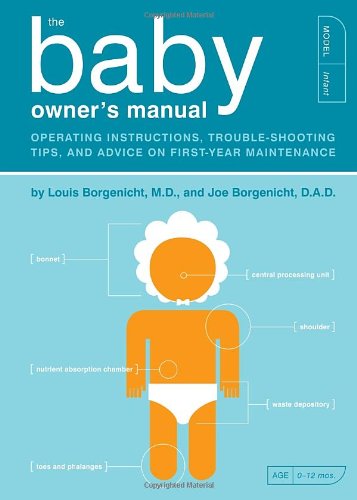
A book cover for The Baby Owner's Manual: Operating Instructions, Trouble-Shooting Tips, and Advice on First-Year Maintenance; Louis Borgenicht M.D.; Humor & Entertainment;